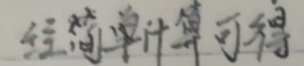
经简单计算可得